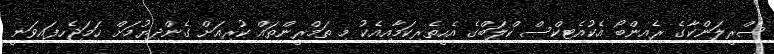
ސްރީލަންކާގެ ރެއިންބޯ އެކުއެޓިކްސް ކްލަބްގެ އެހީތެރިކަމާއިއެކު މި ތަމްރީންތައް ކުރިއަށް ގެންދިޔުމަށް ހަމަޖެހިފައިވަނީ